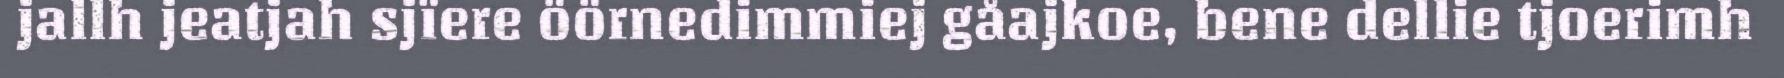
jallh jeatjah sjïere öörnedimmiej gåajkoe, bene dellie tjoerimh